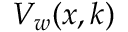
V _ { w } ( x , k )